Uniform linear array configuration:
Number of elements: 64
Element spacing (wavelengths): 0.25
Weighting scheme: cosine
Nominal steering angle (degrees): -45
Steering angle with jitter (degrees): -44.284
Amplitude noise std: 0.05
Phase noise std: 0.05

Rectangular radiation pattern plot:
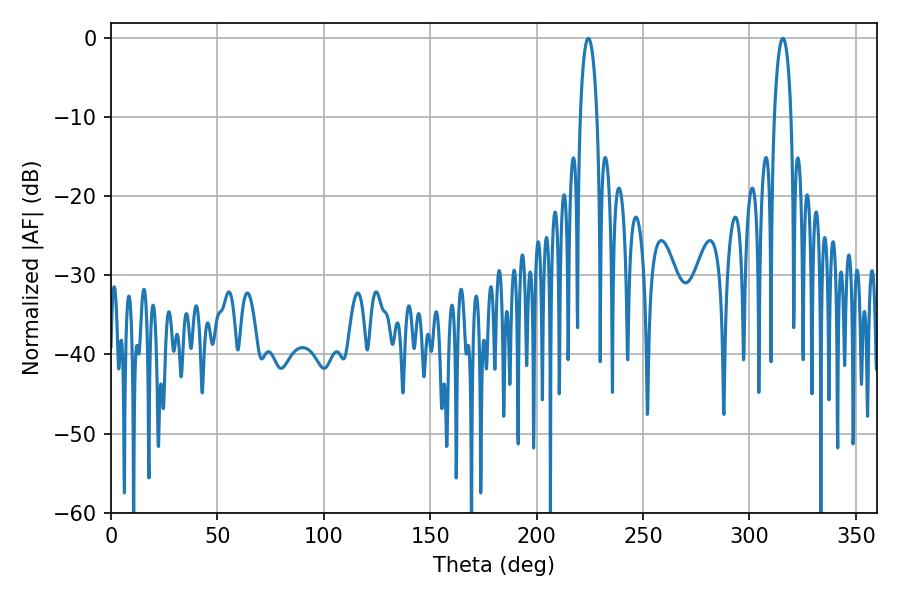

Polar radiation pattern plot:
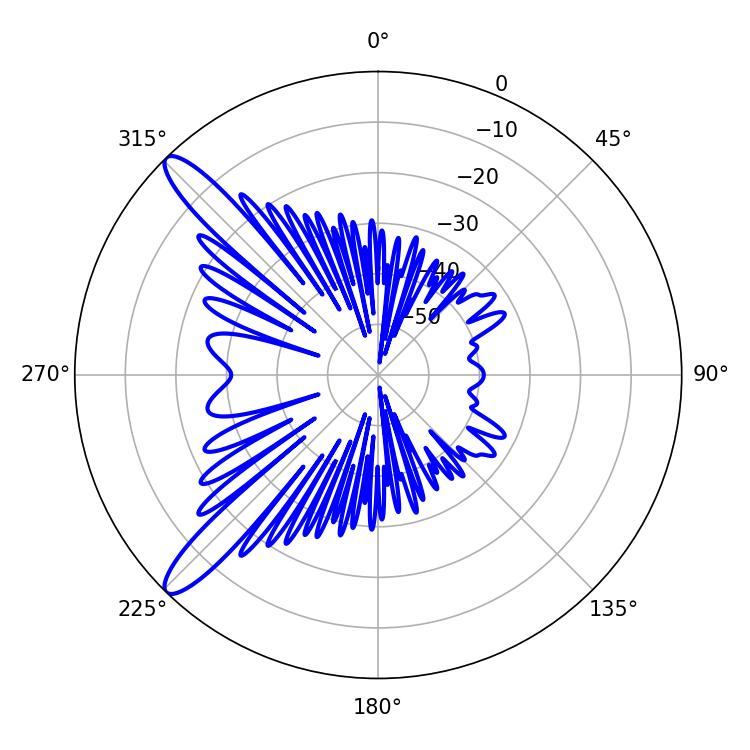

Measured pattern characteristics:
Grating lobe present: FALSE
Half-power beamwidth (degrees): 4.5
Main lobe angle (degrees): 224.28